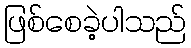
ဖြစ်စေခဲ့ပါသည်